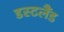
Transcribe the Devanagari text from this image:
डस्टलैंड